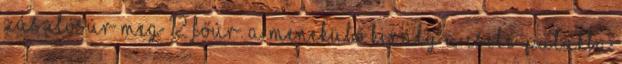
zászlósúr meg 12 főúr. A menekülő király a Csele-patakba